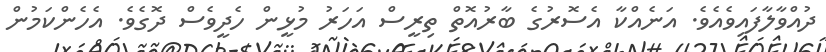
ދުއްވާލާފައިވެއެވެ. އަނެއްކާ އެސޮރުގެ ބާރުއޮތް ތިރީސް އަހަރު މުޅީން ހެދީވެސް ދޮގެވެ. އެހެންކަމުން